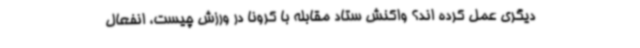
دیگری عمل کرده اند؟ واکنش ستاد مقابله با کرونا در ورزش چیست، انفعال